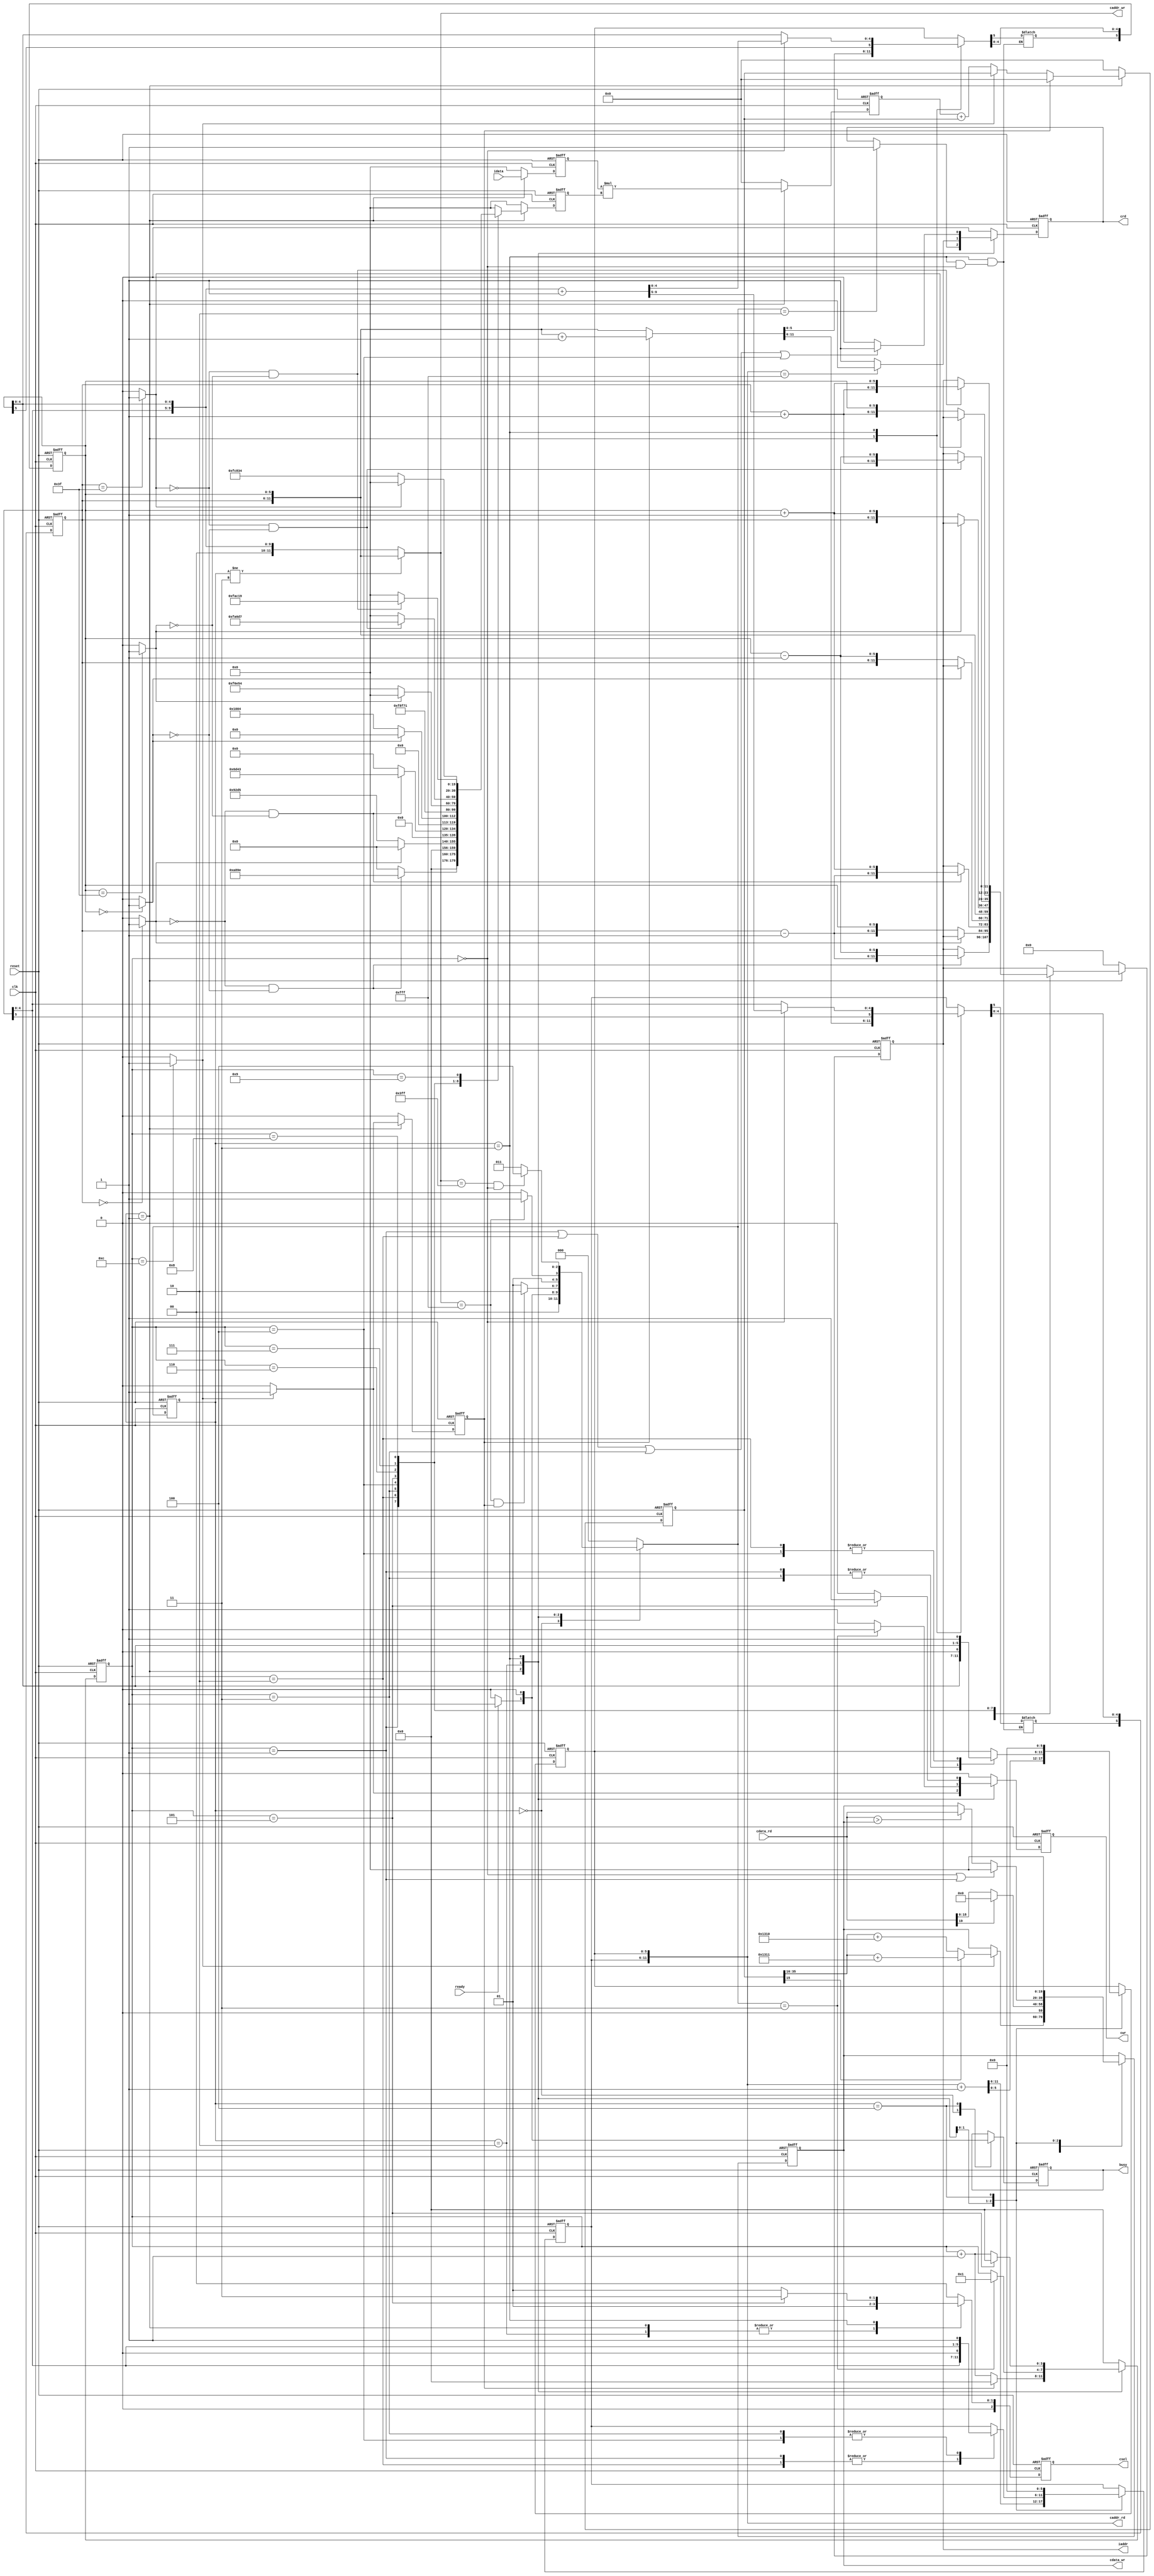
`timescale 1ns/10ps
module CONV (
    input clk,
    input reset,

    input      ready,
    output reg busy,

    input signed [19:0] idata,
    output reg   [11:0] iaddr,

    output reg       cwr,
    output reg       crd,
    output reg [2:0] csel,

    output     [11:0] caddr_wr,
    output     [11:0] caddr_rd,

    input      [19:0] cdata_rd,
    output reg [19:0] cdata_wr
);

    // parameter true = 1;
    // parameter false = 0;

    // States
    parameter IDLE = 0;
    parameter CONV = 1;
    parameter RELU = 2;
    parameter POOL = 3;
    parameter OUTPUT = 4;

    // Kernel weights & bias settings
    parameter w_11 = 20'h0A89E;
    parameter w_12 = 20'h092D5;
    parameter w_13 = 20'h06D43;
    parameter w_21 = 20'h01004;
    parameter w_22 = 20'hF8F71;
    parameter w_23 = 20'hF6E54;
    parameter w_31 = 20'hFA6D7;
    parameter w_32 = 20'hFC834;
    parameter w_33 = 20'hFAC19;
    parameter bias = 20'h01310;

    // Outputs comb
    reg busy_nxt;
    reg [11:0] iaddr_nxt;
    reg cwr_nxt, crd_nxt;
    reg [2:0] csel_nxt;
    reg signed [19:0] cdata_wr_nxt;

    // State
    reg [2:0] cs, ns;

    // Coords
    reg [5:0] wr_row, wr_col, wr_row_nxt, wr_col_nxt;
    reg [5:0] rd_row, rd_col, rd_row_nxt, rd_col_nxt;

    // Convolution
    reg signed [19:0] weight, weight_nxt;
    reg signed [19:0] FIFO, FIFO_nxt;
    reg signed [39:0] mult, mult_nxt;
    reg signed [39:0] part_sum, part_sum_nxt;
    wire top, bottom, left, right, rounding;

    // Others
    reg [3:0] idx, idx_nxt;
    reg done, done_nxt;


    // Wires assignation
    assign caddr_wr = (cs != POOL) ? {wr_row, wr_col} : {2'b00, wr_row[4:0], wr_col[4:0]};
    assign caddr_rd = {rd_row, rd_col};

    assign top = (wr_row == 0) ? 1 : 0;  // window on the top (CONV state)
    assign bottom = (wr_row == 63) ? 1 : 0;
    assign left = (wr_col == 0) ? 1 : 0;
    assign right = (wr_col == 63) ? 1 : 0;

    assign rounding = (idx == 12) ? 1 : 0;  // round the sum (CONV state)


    // Sequential
    always @(posedge clk or posedge reset) begin
        if(reset) begin
            cs <= IDLE;
            csel <= 0;
            cwr <= 0;
            crd <= 0;

            rd_row <= 0;
            rd_col <= 0;
            wr_row <= 0;
            wr_col <= 0;

            cdata_wr <= 0;
            weight <= 0;
            iaddr <= 0;
            FIFO <= 0;
            mult <= 0;
            part_sum <= 0;

            idx <= 0;
            busy <= 0;
            done <= 0;
        end else begin
            cs <= ns;
            csel <= csel_nxt;
            cwr <= cwr_nxt;
            crd <= crd_nxt;

            rd_row <= rd_row_nxt;
            rd_col <= rd_col_nxt;
            wr_row <= wr_row_nxt;
            wr_col <= wr_col_nxt;

            cdata_wr <= cdata_wr_nxt;
            weight <= weight_nxt;
            iaddr <= iaddr_nxt;
            FIFO <= FIFO_nxt;
            mult <= mult_nxt;
            part_sum <= part_sum_nxt;

            idx <= idx_nxt;
            busy <= busy_nxt;
            done <= done_nxt;
        end
    end


    // FSM
    always @(*) begin
        case (cs)
            IDLE: begin
                if(ready)
                    ns = CONV;
                else
                    ns = IDLE;
            end
            CONV: begin
                if(caddr_wr == 4095 && done)
                    ns = RELU;
                else
                    ns = CONV;
            end
            RELU: begin
                if(caddr_wr == 4095)
                    ns = POOL;
                else
                    ns = RELU;
            end
            POOL: begin
                if(caddr_wr == 1023 && idx == 0)
                    ns = OUTPUT;
                else
                    ns = POOL;
            end
            default:
                ns = IDLE;
        endcase
    end


    // Memory control
    always @(*) begin  // MEM select
        case (cs)
            CONV:
                csel_nxt = 3'b001;
            RELU:
                csel_nxt = 3'b001;
            POOL: begin
                if(idx == 5)
                    csel_nxt = 3'b011;  // saving after pooling
                else
                    csel_nxt = 3'b001;  // reading orig fmap
            end
            default:
                csel_nxt = 0;
        endcase
    end
    always @(*) begin  // write-out
        case (cs)
            CONV: begin
                if(rounding)
                    cwr_nxt = 1;
                else
                    cwr_nxt = 0;
            end
            RELU: begin
                if(ns == POOL)
                    cwr_nxt = 0;
                else
                    cwr_nxt = 1;
            end
            POOL: begin
                if(idx == 5)
                    cwr_nxt = 1;
                else
                    cwr_nxt = 0;
            end
            default:
                cwr_nxt = 0;
        endcase
    end
    always @(*) begin  // read-in
        case (cs)
            CONV: begin
                if(ns == RELU)
                    crd_nxt = 1;
                else
                    crd_nxt = crd;
            end
            RELU: begin
                if(caddr_rd == 4095)
                    crd_nxt = 0;
                else
                    crd_nxt = 1;
            end
            POOL: begin
                if(idx == 1 || idx == 2 || idx == 3 || idx == 4)
                    crd_nxt = 1;
                else
                    crd_nxt = 0;
            end
            default:
                crd_nxt = 0;
        endcase
    end

    always @(*) begin  // data reading's coord control
        case (cs)
            RELU:
                {rd_row_nxt, rd_col_nxt} = {rd_row, rd_col} + 1;
            POOL: begin
                case (idx)
                    1: begin
                        rd_row_nxt = wr_row << 1;
                        rd_col_nxt = wr_col << 1;
                    end
                    2: begin
                        rd_row_nxt = wr_row << 1;
                        rd_col_nxt = {wr_col[4:0], 1'b1};  // same as "(wr_col << 1) + 1"
                    end
                    3: begin
                        rd_row_nxt = {wr_row[4:0], 1'b1};
                        rd_col_nxt = wr_col << 1;
                    end
                    4: begin
                        rd_row_nxt = {wr_row[4:0], 1'b1};
                        rd_col_nxt = {wr_col[4:0], 1'b1};
                    end
                    default: begin
                        rd_row_nxt = rd_row;
                        rd_col_nxt = rd_col;
                    end
                endcase
            end
            OUTPUT: begin
                rd_row_nxt = 0;
                rd_col_nxt = 0;
            end
            default: begin
                rd_row_nxt = rd_row;
                rd_col_nxt = rd_col;
            end
        endcase
    end
    always @(*) begin  // data writing's coord control
        case (cs)
            CONV: begin
                if(done)
                    {wr_row_nxt, wr_col_nxt} = {wr_row, wr_col} + 1;
                else
                    {wr_row_nxt, wr_col_nxt} = {wr_row, wr_col};
            end
            RELU: begin
                wr_row_nxt = rd_row;
                wr_col_nxt = rd_col;
            end
            POOL: begin
                if(idx == 0)
                    {wr_row_nxt[4:0], wr_col_nxt[4:0]} = {wr_row[4:0], wr_col[4:0]} + 1;
                else
                    {wr_row_nxt, wr_col_nxt} = {wr_row, wr_col};
            end
            default: begin
                wr_row_nxt = rd_row;
                wr_col_nxt = rd_col;
            end
        endcase
    end

    always @(*) begin  // data to be saved
        case (cs)
            CONV: begin  // rounding
                if(rounding) begin
                    if(part_sum[15])
                        cdata_wr_nxt = part_sum[35:16] + (bias + 1);
                    else
                        cdata_wr_nxt = part_sum[35:16] + bias;
                end else
                    cdata_wr_nxt = cdata_wr;
            end
            RELU: begin  // ReLU operation
                if(cdata_rd[19] == 0)  // positive
                    cdata_wr_nxt = cdata_rd;
                else
                    cdata_wr_nxt = 0;
            end
            POOL: begin  // pooling
                if(idx == 0 || idx == 1)
                    cdata_wr_nxt = 0;
                else if(cdata_rd > cdata_wr)
                    cdata_wr_nxt = cdata_rd;
                else
                    cdata_wr_nxt = cdata_wr;
            end
            OUTPUT:
                cdata_wr_nxt = 0;
            default:
                cdata_wr_nxt = cdata_wr;
        endcase
    end


    // Convolution
    always @(*) begin  // kernel weights
        case (cs)
            CONV: begin
                case (idx)
                    1: weight_nxt = (!top && !left)     ? w_11 : 0;
                    2: weight_nxt = (!top)              ? w_12 : 0;
                    3: weight_nxt = (!top && !right)    ? w_13 : 0;
                    4: weight_nxt = (!left)             ? w_21 : 0;
                    5: weight_nxt =                       w_22;
                    6: weight_nxt = (!right)            ? w_23 : 0;
                    7: weight_nxt = (!bottom && !left)  ? w_31 : 0;
                    8: weight_nxt = (!bottom)           ? w_32 : 0;
                    9: weight_nxt = (!bottom && !right) ? w_33 : 0;
                    default: weight_nxt = 0;
                endcase
            end
            default:
                weight_nxt = 0;
        endcase
    end
    always @(*) begin  // get image data
        case (cs)
            CONV: begin
                case (idx)
                    0: iaddr_nxt = (!top && !left)     ? {wr_row - 6'd1, wr_col - 6'd1} : iaddr;
                    1: iaddr_nxt = (!top)              ? {wr_row - 6'd1, wr_col} : iaddr;
                    2: iaddr_nxt = (!top && !right)    ? {wr_row - 6'd1, wr_col + 6'd1} : iaddr;
                    3: iaddr_nxt = (!left)             ? {wr_row, wr_col - 6'd1} : iaddr;
                    4: iaddr_nxt = /*center*/            {wr_row, wr_col};
                    5: iaddr_nxt = (!right)            ? {wr_row, wr_col + 6'd1} : iaddr;
                    6: iaddr_nxt = (!bottom && !left)  ? {wr_row + 6'd1, wr_col - 6'd1} : iaddr;
                    7: iaddr_nxt = (!bottom)           ? {wr_row + 6'd1, wr_col} : iaddr;
                    8: iaddr_nxt = (!bottom && !right) ? {wr_row + 6'd1, wr_col + 6'd1} : iaddr;
                    default: iaddr_nxt = iaddr;
                endcase
            end
            default:
                iaddr_nxt = 0;
        endcase
    end
    always @(*) begin  // multiplier
        case (cs)
            CONV:
                mult_nxt = FIFO * weight;
            default:
                mult_nxt = 0;
        endcase
    end
    always @(*) begin
        case (cs)
            CONV:
                FIFO_nxt = idata;
            default:
                FIFO_nxt = 0;
        endcase
    end
    always @(*) begin  // tmp save multiplied num
        case (cs)
            CONV: begin
                if(done)
                    part_sum_nxt = 0;
                else if(!rounding)
                    part_sum_nxt = mult + part_sum;  // mult-add
                else
                    part_sum_nxt = part_sum;
            end
            default:
                part_sum_nxt = 0;
        endcase
    end


    // index control
    always @(*) begin
        case (cs)
            CONV: begin
                if(done)
                    idx_nxt = 0;
                else
                    idx_nxt = idx + 1;
            end
            RELU: begin
                if(ns == POOL)
                    idx_nxt = 1;
                else
                    idx_nxt = idx;
            end
            POOL: begin
                if(idx == 5)
                    idx_nxt = 0;
                else
                    idx_nxt = idx + 1;
            end
            default:
                idx_nxt = 0;
        endcase
    end

    // "busy" signal control
    always @(*) begin
        case (cs)
            IDLE: begin
                if(ready)
                    busy_nxt = 1;
                else
                    busy_nxt = 0;
            end
            OUTPUT:
                busy_nxt = 0;
            default:
                busy_nxt = busy;
        endcase
    end

    // "done" signal control
    always @(*) begin
        case (cs)
            CONV: begin
                if(rounding)
                    done_nxt = 1;
                else
                    done_nxt = 0;
            end
            default:
                done_nxt = 0;
        endcase
    end

endmodule